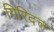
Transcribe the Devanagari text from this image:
गिरिदत्त